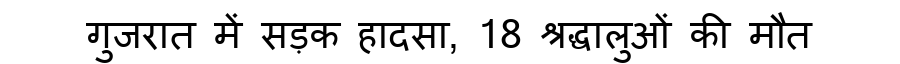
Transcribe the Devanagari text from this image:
गुजरात में सड़क हादसा, 18 श्रद्धालुओं की मौत